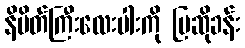
နိမိတ်ကြီးလေးပါးကို ပြဆိုခန်း